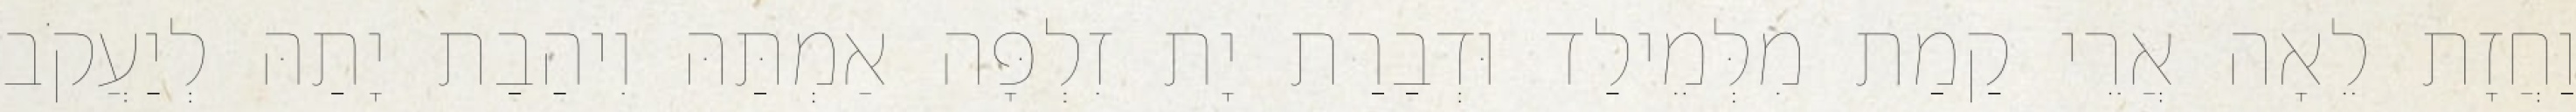
וַחֲזָת לֵאָה אֲרֵי קַמַת מִלְּמֵילַד וּדְבַרַת יָת זִלְפָּה אַמְתַּהּ וִיהַבַת יָתַהּ לְיַעֲקֹב